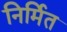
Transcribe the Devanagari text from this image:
निर्मित